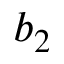
b _ { 2 }